Causation and prevention of malarial fevers: a statement of the results of researches drawn up for the use of assistant surgeons, hospital assistants and students
Disease focus: Malaria
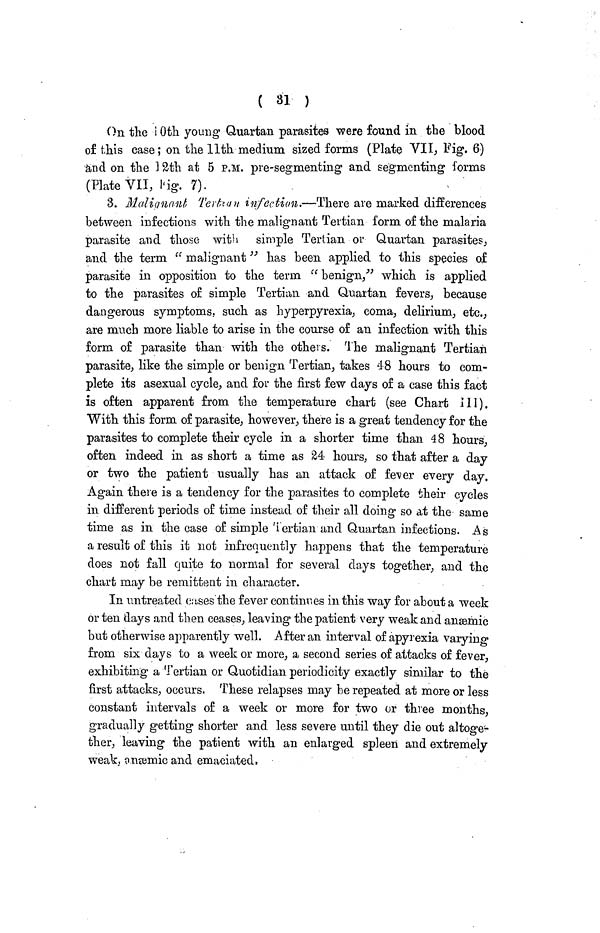
( 31 )
On the 10th young Quartan parasites were found in the blood
of this ease; on the 11th medium sized forms (Plate VII, Fig. 6)
and on the 12th at 5 P.M. pre-segmenting and segmenting forms
(Plate VII, Fig. 7).
3. Malignant Ter\ill\an infection.—There are marked differences
between infections with the malignant Tertian form of the malaria
parasite and those with simple Tertian or Quartan parasites,
and the term " malignant" has been applied to this species of
parasite in opposition to the term " benign," which is applied
to the parasites of simple Tertian and Quartan fevers, because
dangerous symptoms, such as hyperpyrexia, coma, delirium, etc.,
are much more liable to arise in the course of an infection with this
form of parasite than with the others. The malignant Tertian
parasite, like the simple or benign Tertian, takes 4 8 hours to com-
plete its asexual cycle, and for the first few days of a case this fact
is often apparent from the temperature chart (see Chart III).
With this form of parasite, however, there is a great tendency for the
parasites to complete their cycle in a shorter time than 48 hours,
often indeed in as short a time as 24 hours, so that after a day
or two the patient usually has an attack of fever every day.
Again there is a tendency for the parasites to complete their cycles
in different periods of time instead of their all doing so at the same
time as in the case of simple Tertian and Quartan infections. As
a result of this it not infrequently happens that the temperature
does not fall quite to normal for several days together, and the
chart may be remittent in character.
In untreated cases the fever continues in this way for about a week
or ten days and then ceases, leaving the patient very weak and anæmic
but otherwise apparently well. After an interval of apyrexia varying
from six days to a week or more, a second series of attacks of fever,
exhibiting a Tertian or Quotidian periodicity exactly similar to the
first attacks, occurs. These relapses may be repeated at more or less
constant intervals of a week or more for two or three months,
gradually getting shorter and less severe until they die out altoge-
ther, leaving the patient with an enlarged spleen and extremely
weak, anæmic and emaciated,